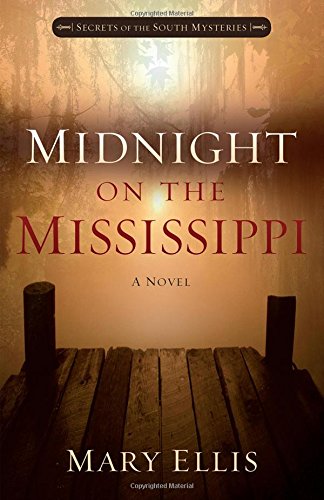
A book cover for Midnight on the Mississippi (Secrets of the South Mysteries); Mary Ellis; Romance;